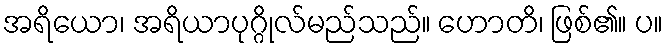
အရိယော၊ အရိယာပုဂ္ဂိုလ်မည်သည်။ ဟောတိ၊ ဖြစ်၏။ ပ။